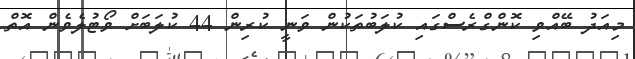
މިއަދު ބޭއްވި ކޮންގްރެސްގައި ކުލަބުތަކުން ވަނީ ކުރިން 44 ކުލަބަށް ވޯޓުލެވެން އޮތް